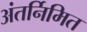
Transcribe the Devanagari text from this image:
अंतर्निमित